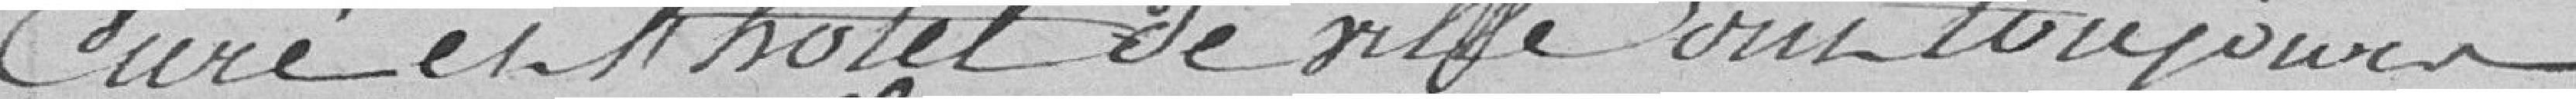
Curé et l'hôtel de ville ont toujours